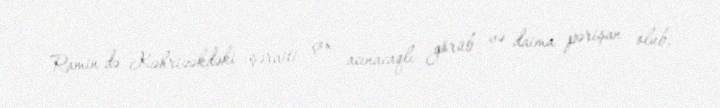
Ramin də Kəhrizəkdəki şəraiti çox acınacaqlı görüb və daima pərişan olub.